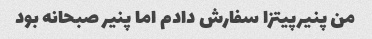
من پنیرپیتزا سفارش دادم اما پنیر صبحانه بود